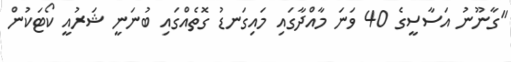
"ގާނޫނު އަސާސީގެ 40 ވަނަ މާއްދާގައި މައިގަނޑު ގޮތެއްގައި ބުނަނީ ޝަރުއީ ކޯޓަކުން